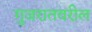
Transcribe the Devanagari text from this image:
गुजरातवरील